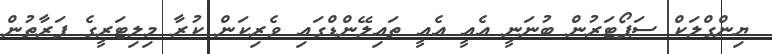
ޔިންގްލަކް ސަޕޯޓަރުން ބުނަނީ އެއީ އެއީ ތައިލޭންޑްގައި ވެރިކަން ކުރާ މިލިޓަރީގެ ފަރާތުން